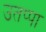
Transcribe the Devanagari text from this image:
उतप्पा